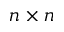
n \times n